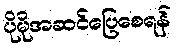
ပိုမိုအဆင်ပြေစေရန်